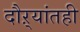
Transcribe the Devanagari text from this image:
दौऱ्यांतही